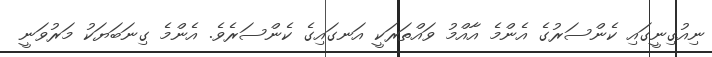
ނިއުގިނީގައި ކެންސަރުގެ އެންމެ އާއްމު ވައްތަރަކީ އަނގައިގެ ކެންސަރެވެ. އެންމެ ގިނަބަޔަކު މަރުވަނީ